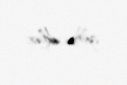
görəcəklər.